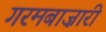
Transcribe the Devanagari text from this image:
गरमबाज़ारी